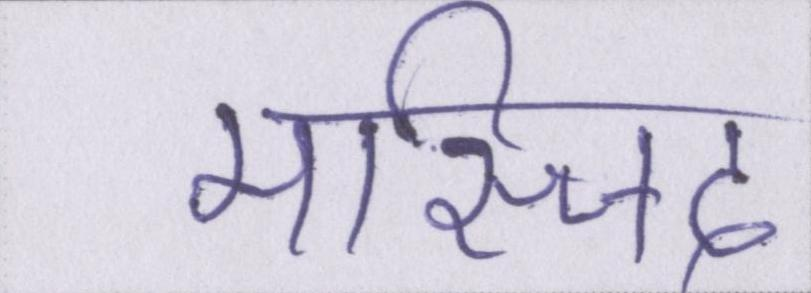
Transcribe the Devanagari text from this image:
मस्जिद